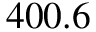
4 0 0 . 6